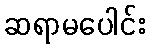
ဆရာမပေါင်း